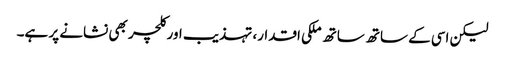
لیکن اسی کے ساتھ ساتھ ملکی اقدار، تہذیب اور کلچر بھی نشانے پر ہے۔